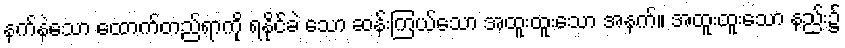
နက်နဲသော ထောက်တည်ရာကို ရနိုင်ခဲ သော ဆန်းကြယ်သော အထူးထူးသော အနက်။ အထူးထူးသော နည်း၌